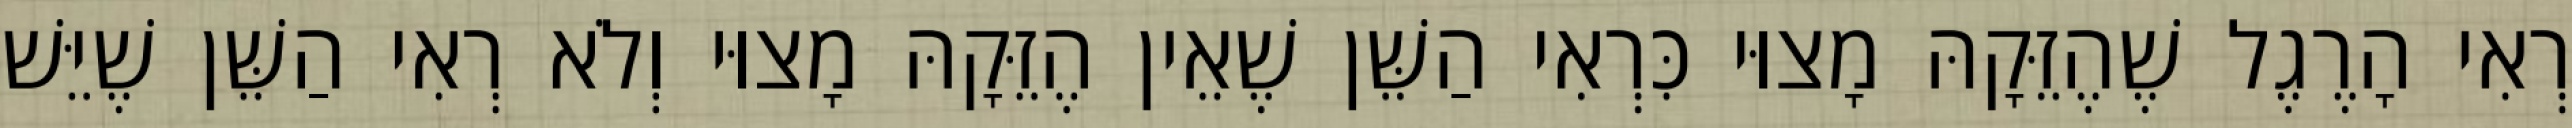
רְאִי הָרֶגֶל שֶׁהֶזֵּקָהּ מָצוּי כִּרְאִי הַשֵּׁן שֶׁאֵין הֶזֵּקָהּ מָצוּי וְלֹא רְאִי הַשֵּׁן שֶׁיֵּשׁ